Annual report on the working of the lock hospitals in the North-Western Provinces and Oudh
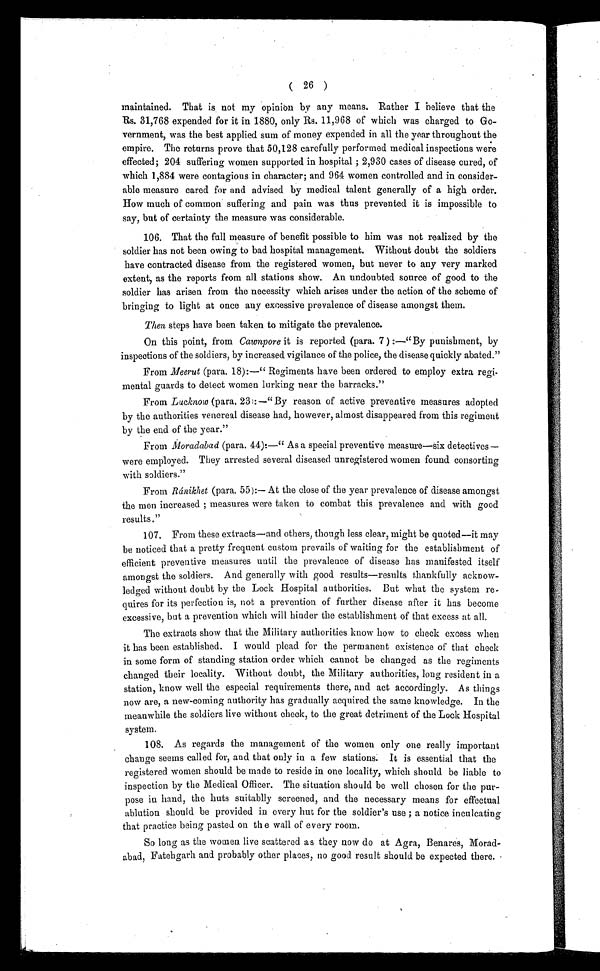
( 26 )
maintained. That is not my opinion by any means. Rather I believe that the
Rs. 31,768 expended for it in 1880, only Rs. 11,968 of which was charged to Go-
vernment, was the best applied sum of money expended in all the year throughout the
empire. The returns prove that 50,128 carefully performed medical inspections were
effected; 204 suffering women supported in hospital ; 2,930 cases of disease cured, of
which 1,884 were contagious in character; and 964 women controlled and in consider-
able measure cared for and advised by medical talent generally of a high order.
How much of common suffering and pain was thus prevented it is impossible to
say, but of certainty the measure was considerable.
106. That the full measure of benefit possible to him was not realized by the
soldier has not been owing to bad hospital management. Without doubt the soldiers
have contracted disease from the registered women, but never to any very marked
extent, as the reports from all stations show. An undoubted source of good to the
soldier has arisen from the necessity which arises under the action of the scheme of
bringing to light at once any excessive prevalence of disease amongst them.
Then steps have been taken to mitigate the prevalence.
On this point, from Cawnpore it is reported (para. 7) :—"By punishment, by
inspections of the soldiers, by increased vigilance of the police, the disease quickly abated."
From Meerut (para. 18):—" Regiments have been ordered to employ extra regi-
mental guards to detect women lurking near the barracks."
From Lucknow (para. 23): —"By reason of active preventive measures adopted
by the authorities venereal disease had, however, almost disappeared from this regiment
by the end of the year."
From Moradabad (para. 44):—" As a special preventive measure—six detectives —
were employed. They arrested several diseased unregistered women found consorting
with soldiers."
From Ránikhet (para. 55):— At the close of the year prevalence of disease amongst
the men increased ; measures were taken to combat this prevalence and with good
results."
107. From these extracts—and others, though less clear, might be quoted—it may
be noticed that a pretty frequent custom prevails of waiting for the establishment of
efficient preventive measures until the prevalence of disease has manifested itself
amongst the soldiers. And generally with good results—results thankfully acknow-
ledged without doubt by the Lock Hospital authorities. But what the system re-
quires for its perfection is, not a prevention of further disease after it has become
excessive, but a prevention which will hinder the establishment of that excess at all.
The extracts show that the Military authorities know how to check excess when
it has been established. I would plead for the permanent existence of that check
in some form of standing station order which cannot be changed as the regiments
changed their locality. Without doubt, the Military authorities, long resident in a
station, know well the especial requirements there, and act accordingly. As things
now are, a new-coming authority has gradually acquired the same knowledge. In the
meanwhile the soldiers live without check, to the great detriment of the Lock Hospital
system.
108. As regards the management of the women only one really important
change seems called for, and that only in a few stations. It is essential that the
registered women should be made to reside in one locality, which should be liable to
inspection by the Medical Officer. The situation should be well chosen for the pur-
pose in hand, the huts suitablly screened, and the necessary means for effectual
ablution should be provided in every hut for the soldier's use ; a notice inculcating
that practice being pasted on the wall of every room.
So long as the women live scattered as they now do at Agra, Benares, Morad-
abad, Fatehgarh and probably other places, no good result should be expected there.